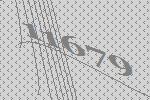
11679